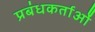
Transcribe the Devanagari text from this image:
प्रबंधकर्ताओं